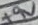
Text: +9V